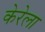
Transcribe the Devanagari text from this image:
केरेला